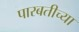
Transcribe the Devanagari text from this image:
पारबतीच्या